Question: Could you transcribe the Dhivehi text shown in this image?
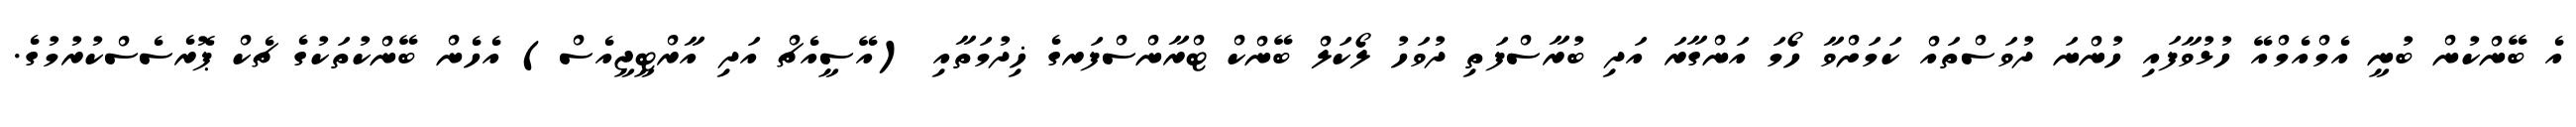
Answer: އެ ބޭންކުން ބުނީ އެމްއެމްއޭ ހުޅުވާފައި ހުންނަ ދުވަސްތައް ކަމަށްވާ ހޯމަ އަންގާރަ އަދި ބުރާސްފަތި ދުވަހު ލޯކަލް ބޭންކް ޓްރާންސްފަރގެ ޚިދުމަތާއި (އޭސީއެޗް އަދި އާރްޓީޖީއެސް) އެހެން ބޭންކުތަކުގެ ޗެކް ޕޮރެސެސްކުރުމުގެ.